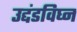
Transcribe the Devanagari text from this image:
उद्दंडविघ्न